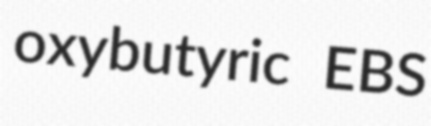
oxybutyric EBS